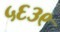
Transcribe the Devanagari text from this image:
५६३९